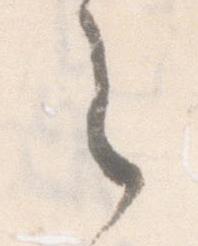
之